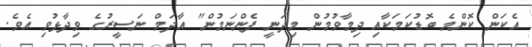
އެކަން ކޮންމެ ބޮޑުކަމަކާއި ދިމާވުމުން މިދަނީ ފެންނަމުން" އާދަމް ނަސީރުގެ ވިދާޅުވި އެވެ.